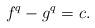
LaTeX: \begin{align*}f^q-g^q=c.\end{align*}